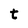
Character: t